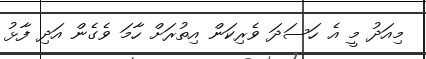
މިއަދު މީ އެ ހަަސަދަ ވެރިކަން އިތުރަށް ހާމަ ވެގެން އަދި ފާޅު